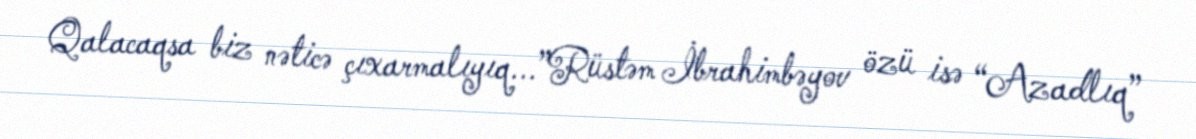
Qalacaqsa biz nəticə çıxarmalıyıq...”Rüstəm İbrahimbəyov özü isə “Azadlıq”